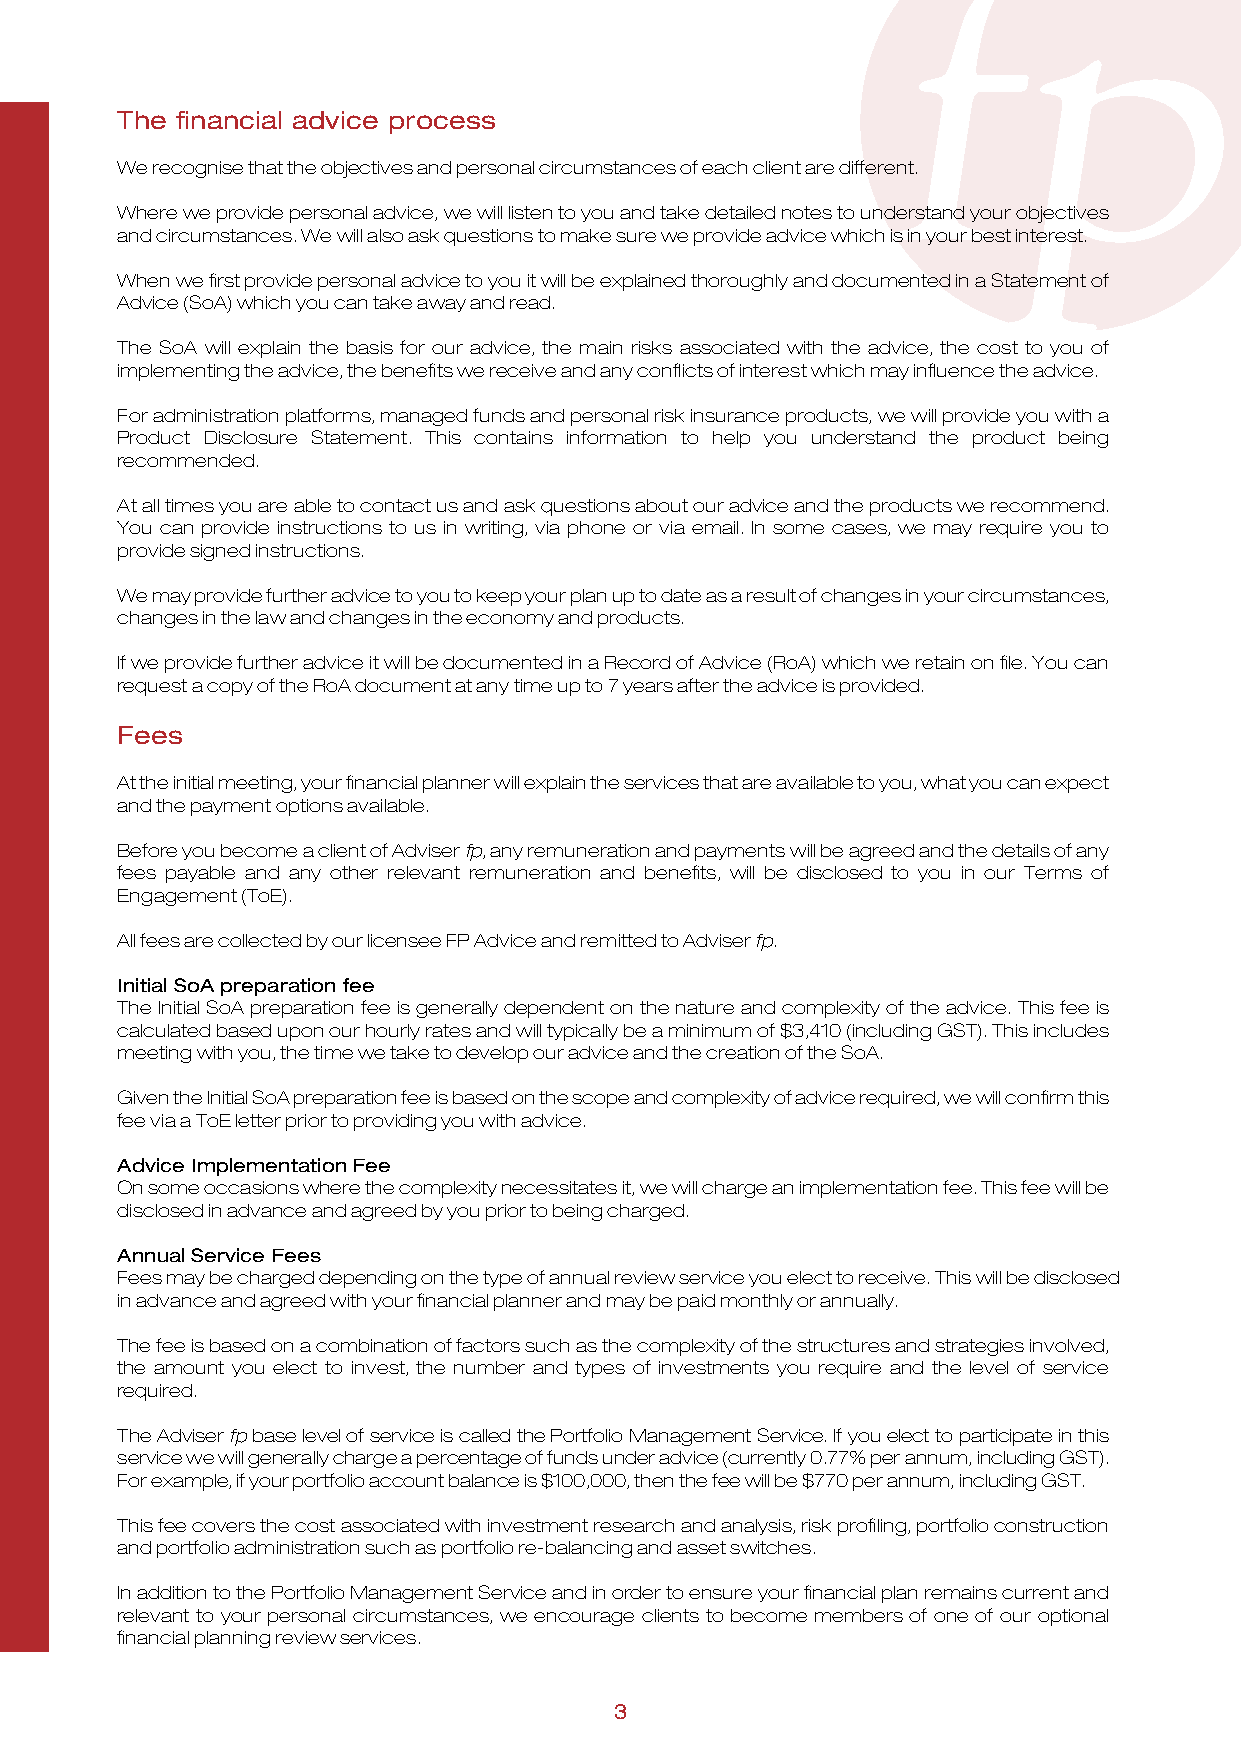
The financial advice process
 We recognise that the objectives and personal circumstances of each client are different.
 Where we provide personal advice, we will listen to you and take detailed notes to understand your objectives
 and circumstances. We will also ask questions to make sure we provide advice which is in your best interest.
 When we first provide personal advice to you it will be explained thoroughly and documented in a Statement of
 Advice (SoA) which you can take away and read.
 The SoA will explain the basis for our advice, the main risks associated with the advice, the cost to you of
 implementing the advice, the benefits we receive and any conflicts of interest which may influence the advice.
 For administration platforms, managed funds and personal risk insurance products, we will provide you with a
 Product Disclosure Statement. This contains information to help you understand the product being
 recommended.
 At all times you are able to contact us and ask questions about our advice and the products we recommend.
 You can provide instructions to us in writing, via phone or via email. In some cases, we may require you to
 provide signed instructions.
 We may provide further advice to you to keep your plan up to date as a result of changes in your circumstances,
 changes in the law and changes in the economy and products.
 If we provide further advice it will be documented in a Record of Advice (RoA) which we retain on file. You can
 request a copy of the RoA document at any time up to 7 years after the advice is provided.
 Fees
 At the initial meeting, your financial planner will explain the services that are available to you, what you can expect
 and the payment options available.
 Before you become a client of Adviser fp, any remuneration and payments will be agreed and the details of any
 fees payable and any other relevant remuneration and benefits, will be disclosed to you in our Terms of
 Engagement (ToE).
 All fees are collected by our licensee FP Advice and remitted to Adviser fp.
 Initial SoA preparation fee
 The Initial SoA preparation fee is generally dependent on the nature and complexity of the advice. This fee is
 calculated based upon our hourly rates and will typically be a minimum of $3,410 (including GST). This includes
 meeting with you, the time we take to develop our advice and the creation of the SoA.
 Given the Initial SoA preparation fee is based on the scope and complexity of advice required, we will confirm this
 fee via a ToE letter prior to providing you with advice.
 Advice Implementation Fee
 On some occasions where the complexity necessitates it, we will charge an implementation fee. This fee will be
 disclosed in advance and agreed by you prior to being charged.
 Annual Service Fees
 Fees may be charged depending on the type of annual review service you elect to receive. This will be disclosed
 in advance and agreed with your financial planner and may be paid monthly or annually.
 The fee is based on a combination of factors such as the complexity of the structures and strategies involved,
 the amount you elect to invest, the number and types of investments you require and the level of service
 required.
 The Adviser fp base level of service is called the Portfolio Management Service. If you elect to participate in this
 service we will generally charge a percentage of funds under advice (currently 0.77% per annum, including GST).
 For example, if your portfolio account balance is $100,000, then the fee will be $770 per annum, including GST.
 This fee covers the cost associated with investment research and analysis, risk profiling, portfolio construction
 and portfolio administration such as portfolio re-balancing and asset switches.
 In addition to the Portfolio Management Service and in order to ensure your financial plan remains current and
 relevant to your personal circumstances, we encourage clients to become members of one of our optional
 financial planning review services.
 3